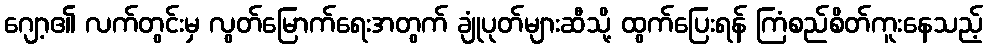
ဂျော့၏ လက်တွင်းမှ လွတ်မြောက်ရေးအတွက် ချုံပုတ်များဆီသို့ ထွက်ပြေးရန် ကြံစည်စိတ်ကူးနေသည့်